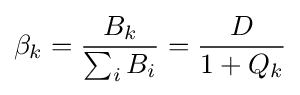
\beta _{k}={\frac {B_{k}}{\sum _{i}B_{i}}}={\frac {D}{1+Q_{k}}}